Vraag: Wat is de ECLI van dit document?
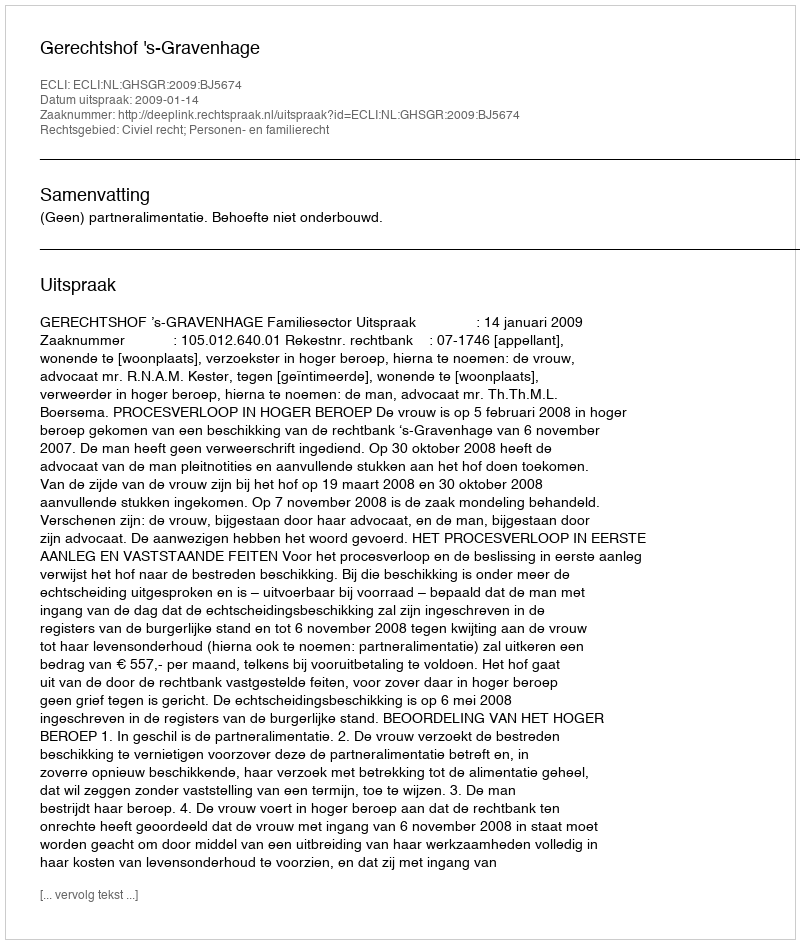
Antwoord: ECLI:NL:GHSGR:2009:BJ5674